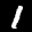
Label: 1